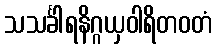
သသင်္ခါရနိဂ္ဂယှဝါရိတဝတံ